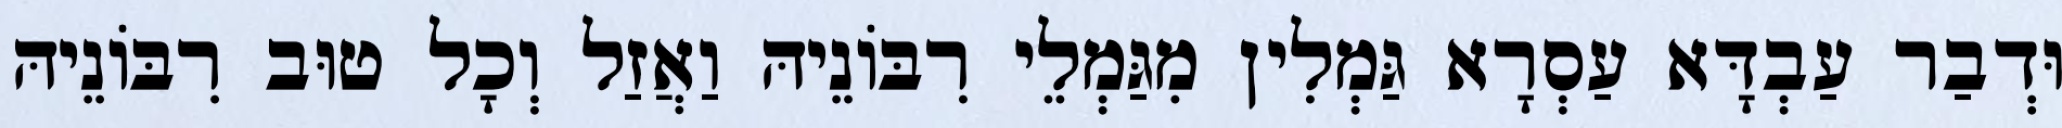
וּדְבַר עַבְדָּא עַסְרָא גַּמְלִין מִגַּמְלֵי רִבּוֹנֵיהּ וַאֲזַל וְכָל טוּב רִבּוֹנֵיהּ